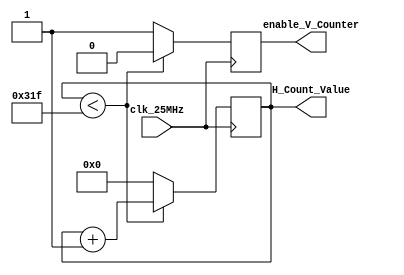
module horizontal_counter(
    input clk_25MHz,
    output reg enable_V_Counter=0,
    output reg [15:0] H_Count_Value=0
    );
   
   always@(posedge clk_25MHz) begin
       if(H_Count_Value < 799) begin
          H_Count_Value<=H_Count_Value+1;
          enable_V_Counter<=0;
       end
       else begin
           H_Count_Value<=0;
           enable_V_Counter<=1;
       end
   end
endmodule